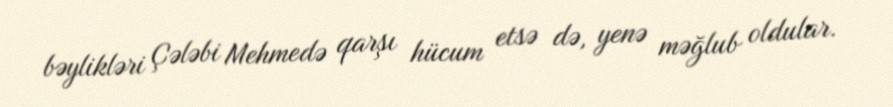
bəylikləri Çələbi Mehmedə qarşı hücum etsə də, yenə məğlub oldular.